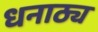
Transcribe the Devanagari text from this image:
धनाठ्य